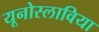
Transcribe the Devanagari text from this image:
यूनोस्लाविया